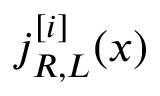
j _ { R , L } ^ { [ i ] } ( x )